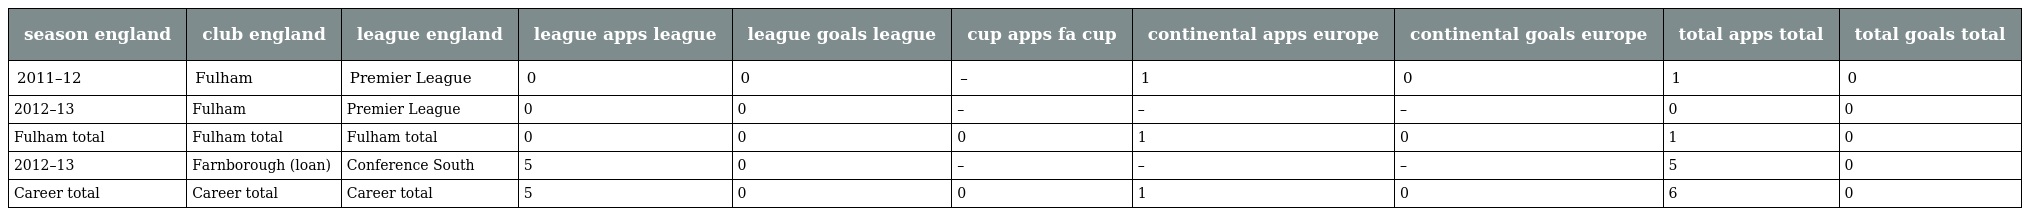
| season england | club england | league england | league apps league | league goals league | cup apps fa cup | continental apps europe | continental goals europe | total apps total | total goals total |
 | --- | --- | --- | --- | --- | --- | --- | --- | --- | --- |
 | 2011–12 | Fulham | Premier League | 0 | 0 | – | 1 | 0 | 1 | 0 |
 | 2012–13 | Fulham | Premier League | 0 | 0 | – | – | – | 0 | 0 |
 | Fulham total | Fulham total | Fulham total | 0 | 0 | 0 | 1 | 0 | 1 | 0 |
 | 2012–13 | Farnborough (loan) | Conference South | 5 | 0 | – | – | – | 5 | 0 |
 | Career total | Career total | Career total | 5 | 0 | 0 | 1 | 0 | 6 | 0 |